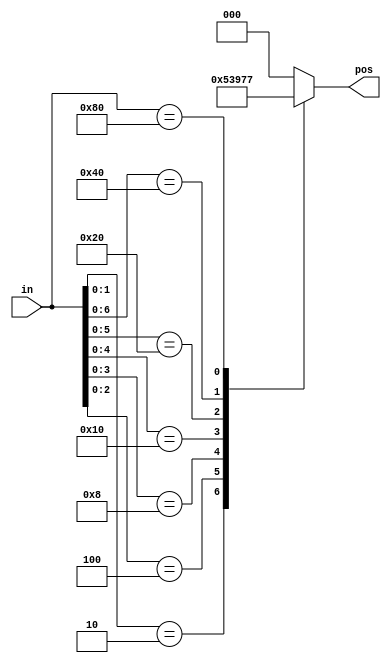
module top_module (
    input [7:0] in,
    output reg [2:0] pos
);

always @(*)
    casez (in)
        8'b???????1: pos = 0;
        8'b??????10: pos = 1;
        8'b?????100: pos = 2;
        8'b????1000: pos = 3;
        8'b???10000: pos = 4;
        8'b??100000: pos = 5;
        8'b?1000000: pos = 6;
        8'b10000000: pos = 7;
        default: pos = 0;
    endcase

endmodule